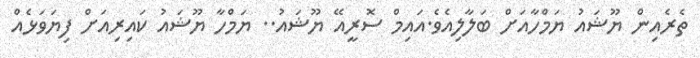
ތެރެއިން ޔޫޝައު ޔަމްހާއަށް ބަލާލިއެވެ.އައިމް ސޮރީއޭ ޔޫޝައު.. ޔަމްހާ ޔޫޝައު ކައިރިއަށް ފިޔަވަޅެއް